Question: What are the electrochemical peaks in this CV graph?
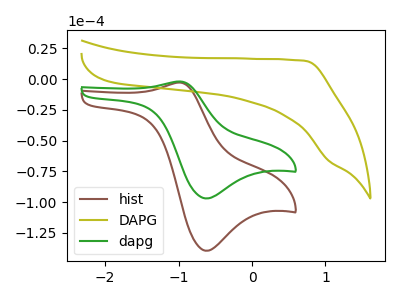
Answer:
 <answer>The brown curve "hist" has an anodic peak at (-1.00V, -2.85uA) and a cathodic peak at (-0.60V, -139.45uA). The olive curve "DAPG" has no peaks. The green curve "dapg" has an anodic peak at (-1.00V, -2.00uA) and a cathodic peak at (-0.60V, -97.00uA).</answer>
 <eval></eval>